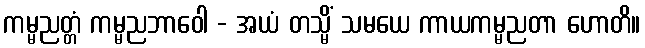
ကမ္မညတ္တံ ကမ္မညဘာဝေါ - အယံ တသ္မိံ သမယေ ကာယကမ္မညတာ ဟောတိ။